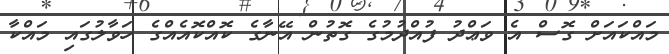
މައްކައަށް ގޮސް އެ ވަޢްދު ފުއްދުމުގެ ގޮތުން އޭނާގެ ކޮއްކޮއެއްގެ ހަވާލުގައި މައްކާ